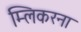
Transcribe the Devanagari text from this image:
म्लिकरना